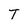
Character: T